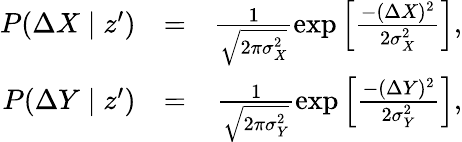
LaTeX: \begin{array}{rlr}{P(\Delta X\mid z^{\prime})}&{=}&{\frac{1}{\sqrt{2\pi\sigma_{X}^{2}}}\exp\left[\frac{-(\Delta X)^{2}}{2\sigma_{X}^{2}}\right],}\\ {P(\Delta Y\mid z^{\prime})}&{=}&{\frac{1}{\sqrt{2\pi\sigma_{Y}^{2}}}\exp\left[\frac{-(\Delta Y)^{2}}{2\sigma_{Y}^{2}}\right],}\end{array}